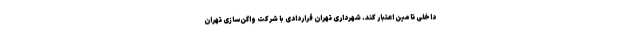
داخلی تامین اعتبار کند. شهرداری تهران قراردادی با شرکت واگن‌سازی تهران